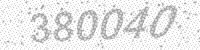
Solution: 380040